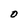
Character: O